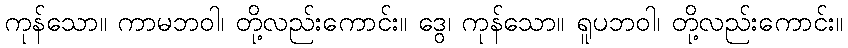
ကုန်သော။ ကာမဘဝါ၊ တို့လည်းကောင်း။ ဒွေ၊ ကုန်သော။ ရူပဘဝါ၊ တို့လည်းကောင်း။